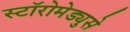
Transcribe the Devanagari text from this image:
स्टॉरोमेड्युसे